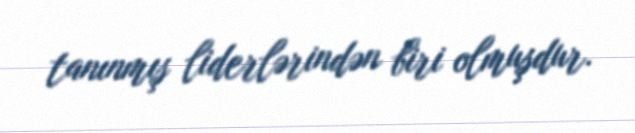
tanınmış liderlərindən biri olmuşdur.